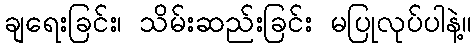
ချရေးခြင်း၊ သိမ်းဆည်းခြင်း မပြုလုပ်ပါနဲ့။